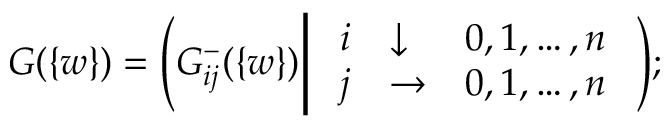
G ( \{ w \} ) = \Bigg ( G _ { i j } ^ { - } ( \{ w \} ) \Bigg | \left. \begin{array} { l l l } { { i } } & { { \downarrow } } & { { 0 , 1 , \ldots , n } } \\ { { j } } & { { \rightarrow } } & { { 0 , 1 , \ldots , n } } \end{array} \right. \Bigg ) ;